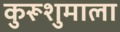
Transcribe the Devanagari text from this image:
कुरूशुमाला